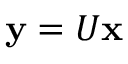
{ \bf y } = U { \bf x }